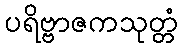
ပရိဗ္ဗာဇကသုတ္တံ